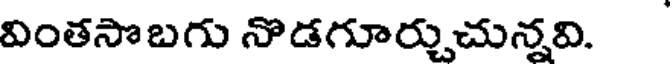
వింతసొబగు నొడగూర్చుచున్నవి.